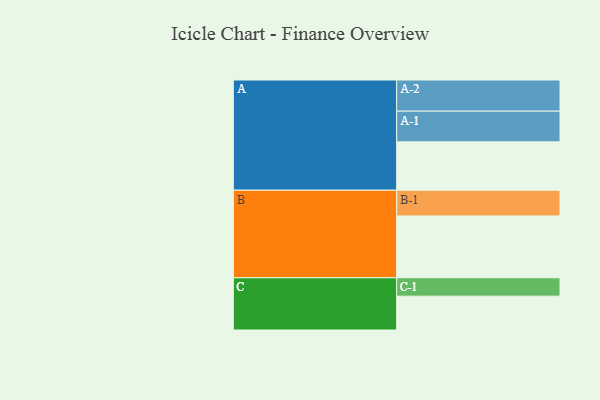
{"axis": {"x": "Segment", "y": "Value"}, "legend": ["", "A", "B", "C"], "data": [{"x": "A", "y": 452, "type": ""}, {"x": "B", "y": 578, "type": ""}, {"x": "C", "y": 316, "type": ""}, {"x": "A-1", "y": 287, "type": "A"}, {"x": "A-2", "y": 291, "type": "A"}, {"x": "B-1", "y": 240, "type": "B"}, {"x": "C-1", "y": 172, "type": "C"}]}